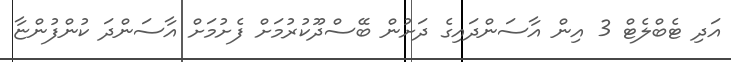
އަދި ޓެބްލެޓް 3 އިން އާސަންދައިގެ ދަށުން ބޭސްދޫކުރުމަށް ފެށުމަށް އާސަންދަ ކުންފުންޏާ